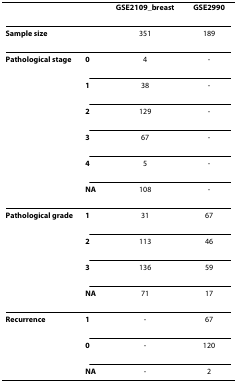
<table><thead><tr><td></td><td></td><td><b>GSE2109_breast</b></td><td><b>GSE2990</b></td></tr></thead><tbody><tr><td colspan="2"><b>Sample size</b></td><td>351</td><td>189</td></tr><tr><td><b>Pathological stage</b></td><td><b>0</b></td><td>4</td><td>-</td></tr><tr><td></td><td><b>1</b></td><td>38</td><td>-</td></tr><tr><td></td><td><b>2</b></td><td>129</td><td>-</td></tr><tr><td></td><td><b>3</b></td><td>67</td><td>-</td></tr><tr><td></td><td><b>4</b></td><td>5</td><td>-</td></tr><tr><td></td><td><b>NA</b></td><td>108</td><td>-</td></tr><tr><td><b>Pathological grade</b></td><td><b>1</b></td><td>31</td><td>67</td></tr><tr><td></td><td><b>2</b></td><td>113</td><td>46</td></tr><tr><td></td><td><b>3</b></td><td>136</td><td>59</td></tr><tr><td></td><td><b>NA</b></td><td>71</td><td>17</td></tr><tr><td><b>Recurrence</b></td><td><b>1</b></td><td>-</td><td>67</td></tr><tr><td></td><td><b>0</b></td><td>-</td><td>120</td></tr><tr><td></td><td><b>NA</b></td><td>-</td><td>2</td></tr></tbody></table>